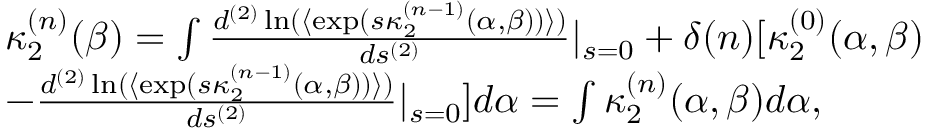
\begin{array} { r l } & { \kappa _ { 2 } ^ { ( n ) } ( \beta ) = \int \frac { d ^ { ( 2 ) } \ln ( \langle \exp ( s \kappa _ { 2 } ^ { ( n - 1 ) } ( \alpha , \beta ) ) \rangle ) } { d s ^ { ( 2 ) } } | _ { s = 0 } + \delta ( n ) [ \kappa _ { 2 } ^ { ( 0 ) } ( \alpha , \beta ) } \\ & { - \frac { d ^ { ( 2 ) } \ln ( \langle \exp ( s \kappa _ { 2 } ^ { ( n - 1 ) } ( \alpha , \beta ) ) \rangle ) } { d s ^ { ( 2 ) } } | _ { s = 0 } ] d \alpha = \int \kappa _ { 2 } ^ { ( n ) } ( \alpha , \beta ) d \alpha , } \end{array}